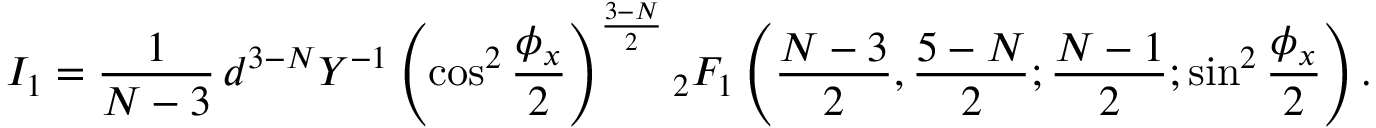
{ } I _ { 1 } = \frac { 1 } { N - 3 } \, { d ^ { 3 - N } } { Y ^ { - 1 } } \left( \cos ^ { 2 } \frac { \phi _ { x } } { 2 } \right) ^ { \frac { 3 - N } { 2 } } { } _ { 2 } F _ { 1 } \left( \frac { N - 3 } { 2 } , \frac { 5 - N } { 2 } ; \frac { N - 1 } { 2 } ; \sin ^ { 2 } \frac { \phi _ { x } } { 2 } \right) .